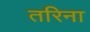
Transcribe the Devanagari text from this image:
तरिना